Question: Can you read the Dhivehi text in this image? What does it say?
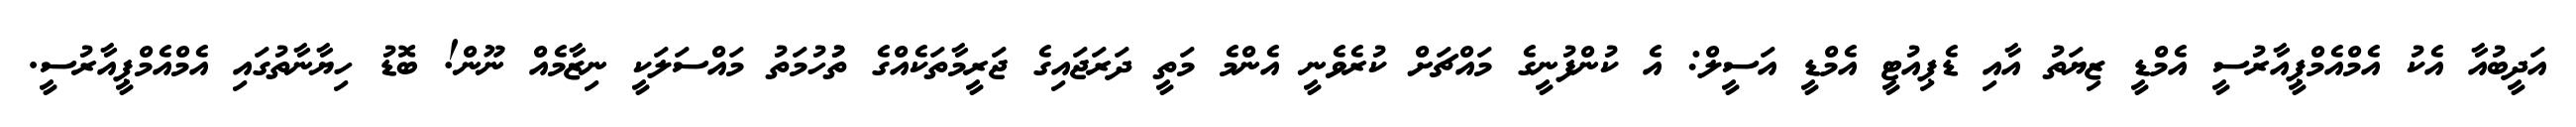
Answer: އަދީބުއާ އެކު އެމްއެމްޕީއާރުސީ އެމްޑީ ޒިޔަތު އާއި ޑެޕިއުޓީ އެމްޑީ އަސީލް: އެ ކުންފުނީގެ މައްޗަށް ކުރެވެނީ އެންމެ މަތީ ދަރަޖައިގެ ޖަރީމާތަކެއްގެ ތުުހުމަތު މައްސަލަކީ ނިޒާމެއް ނޫން! ބޮޑު ހިޔާނާތުގައި އެމްއެމްޕީއާރުސީ.